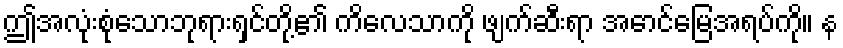
ဤအလုံးစုံသောဘုရားရှင်တို့၏ ကိလေသာကို ဖျက်ဆီးရာ အောင်မြေအရပ်ကို။ န